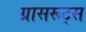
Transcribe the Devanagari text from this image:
ग्रासरूट्स